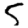
Digit: 5